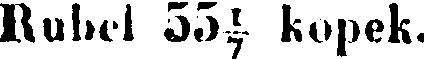
Rubel 55⅟₇ kopek.